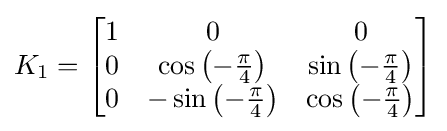
K_{1}={\begin{bmatrix}1&0&0\\0&\cos {\left(-{\frac {\pi }{4}}\right)}&\sin {\left(-{\frac {\pi }{4}}\right)}\\0&-\sin {\left(-{\frac {\pi }{4}}\right)}&\cos {\left(-{\frac {\pi }{4}}\right)}\end{bmatrix}}